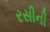
રસીની